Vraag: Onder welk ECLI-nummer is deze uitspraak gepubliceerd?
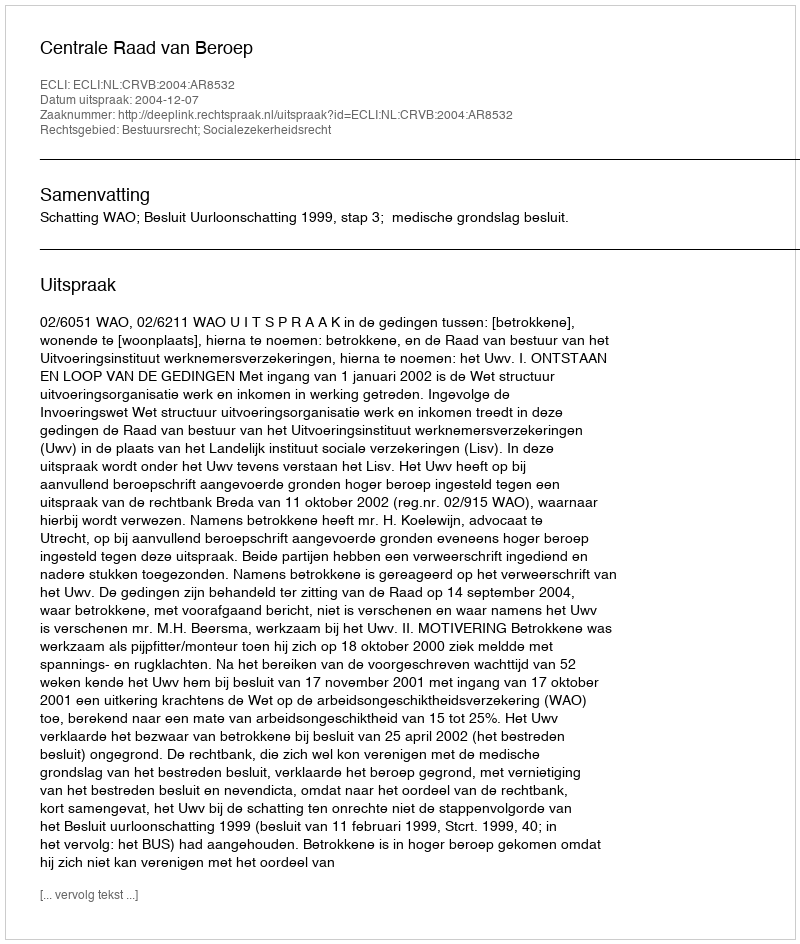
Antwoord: ECLI:NL:CRVB:2004:AR8532